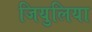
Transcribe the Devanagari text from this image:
जियुलिया